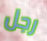
رجل